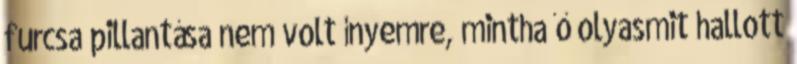
furcsa pillantása nem volt ínyemre, mintha ő olyasmit hallott